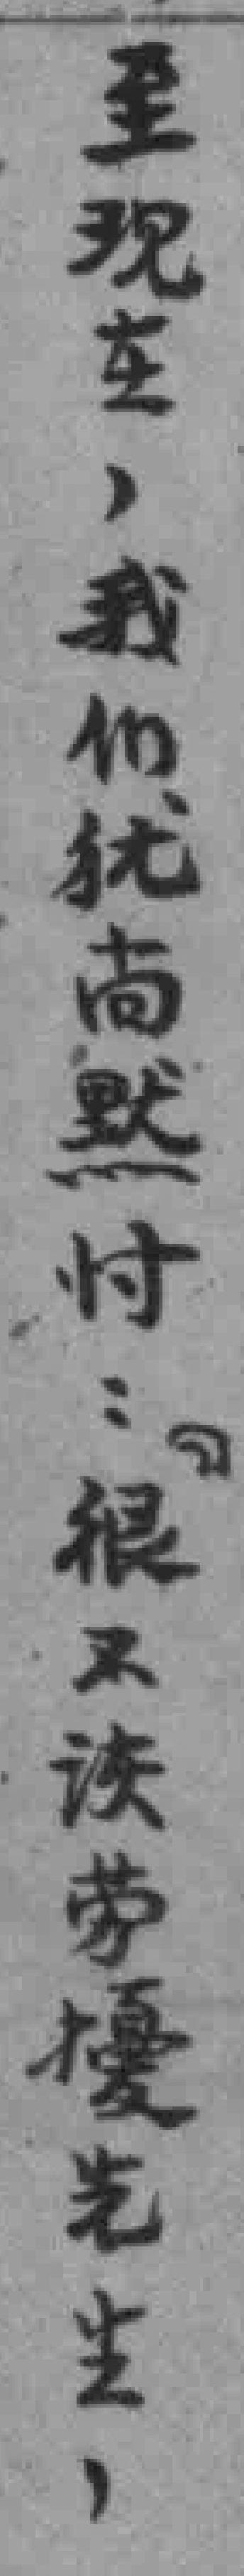
至現在，我们犹尚黙忖..很不該劳擾先生，